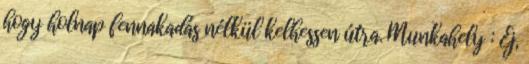
hogy holnap fennakadás nélkül kelhessen útra. Munkahely : Ej,